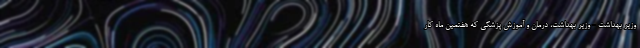
وزیر بهداشت - وزیر بهداشت، درمان و آموزش پزشکی که هفتمین ماه کار